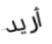
أريد